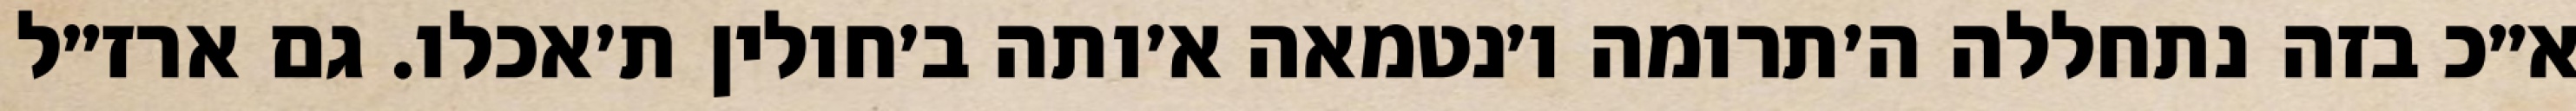
א״כ בזה נתחללה ה׳תרומה ו׳נטמאה א׳ותה ב׳חולין ת׳אכלו. גם ארז״ל